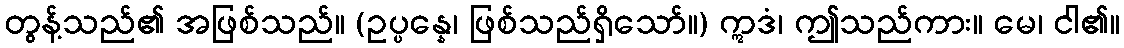
တွန့်သည်၏ အဖြစ်သည်။ (ဥပ္ပန္နေ၊ ဖြစ်သည်ရှိသော်။) ဣဒံ၊ ဤသည်ကား။ မေ၊ ငါ၏။